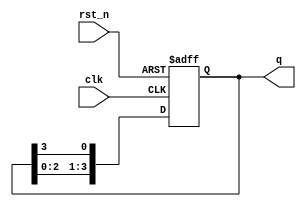
module ring_counter (
    input wire clk,          // Clock input
    input wire rst_n,       // Active-low reset
    output reg [N-1:0] q    // Output state of the counter
);
    parameter N = 4;        // Number of flip-flops (adjust as needed)

    // Initial state
    initial begin
        q = 1'b1;           // Initialize the first flip-flop to '1'
    end

    // Synchronous process
    always @(posedge clk or negedge rst_n) begin
        if (!rst_n) begin
            q <= 1'b1;      // On reset, set the first flip-flop to '1'
        end else begin
            q <= {q[N-2:0], q[N-1]}; // Shift the bits to the right and feed back the last bit
        end
    end
endmodule